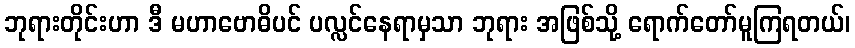
ဘုရားတိုင်းဟာ ဒီ မဟာဗောဓိပင် ပလ္လင်နေရာမှသာ ဘုရား အဖြစ်သို့ ရောက်တော်မူကြရတယ်၊